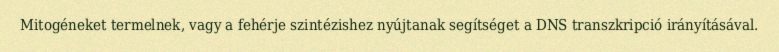
Mitogéneket termelnek, vagy a fehérje szintézishez nyújtanak segítséget a DNS transzkripció irányításával.